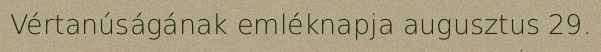
Vértanúságának emléknapja augusztus 29.